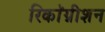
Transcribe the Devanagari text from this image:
रिकाॅग्नीशन